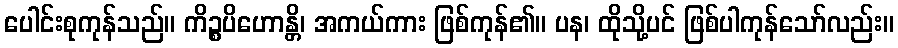
ပေါင်းစုကုန်သည်။ ကိဉ္စပိဟောန္တိ၊ အကယ်ကား ဖြစ်ကုန်၏။ ပန၊ ထိုသို့ပင် ဖြစ်ပါကုန်သော်လည်း။